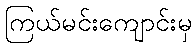
ကြယ်မင်းကျောင်းမှ